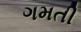
ગમતી